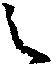
之